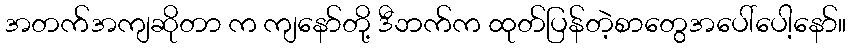
အတက်အကျဆိုတာ က ကျနော်တို့ ဒီဘက်က ထုတ်ပြန်တဲ့စာတွေအပေါ်ပေါ့နော်။